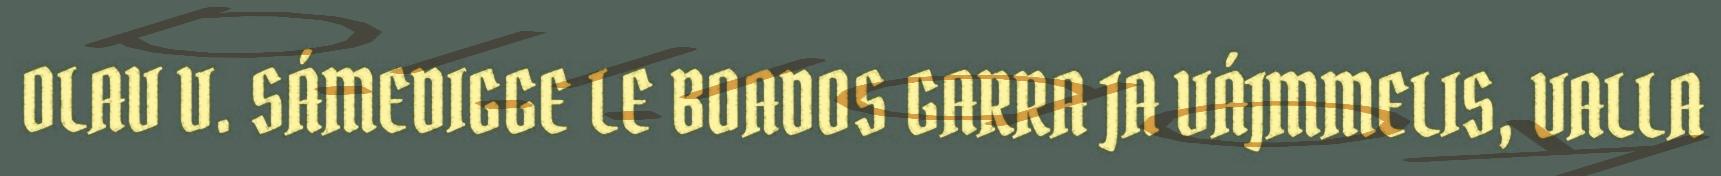
OLAV V. SÁMEDIGGE LE BOADOS GARRA JA VÁJMMELIS, VALLA